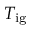
T _ { \mathrm { i g } }